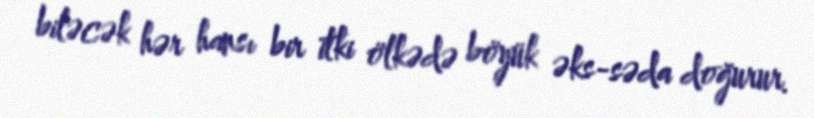
biləcək hər hansı bir itki ölkədə böyük əks-səda doğurur.